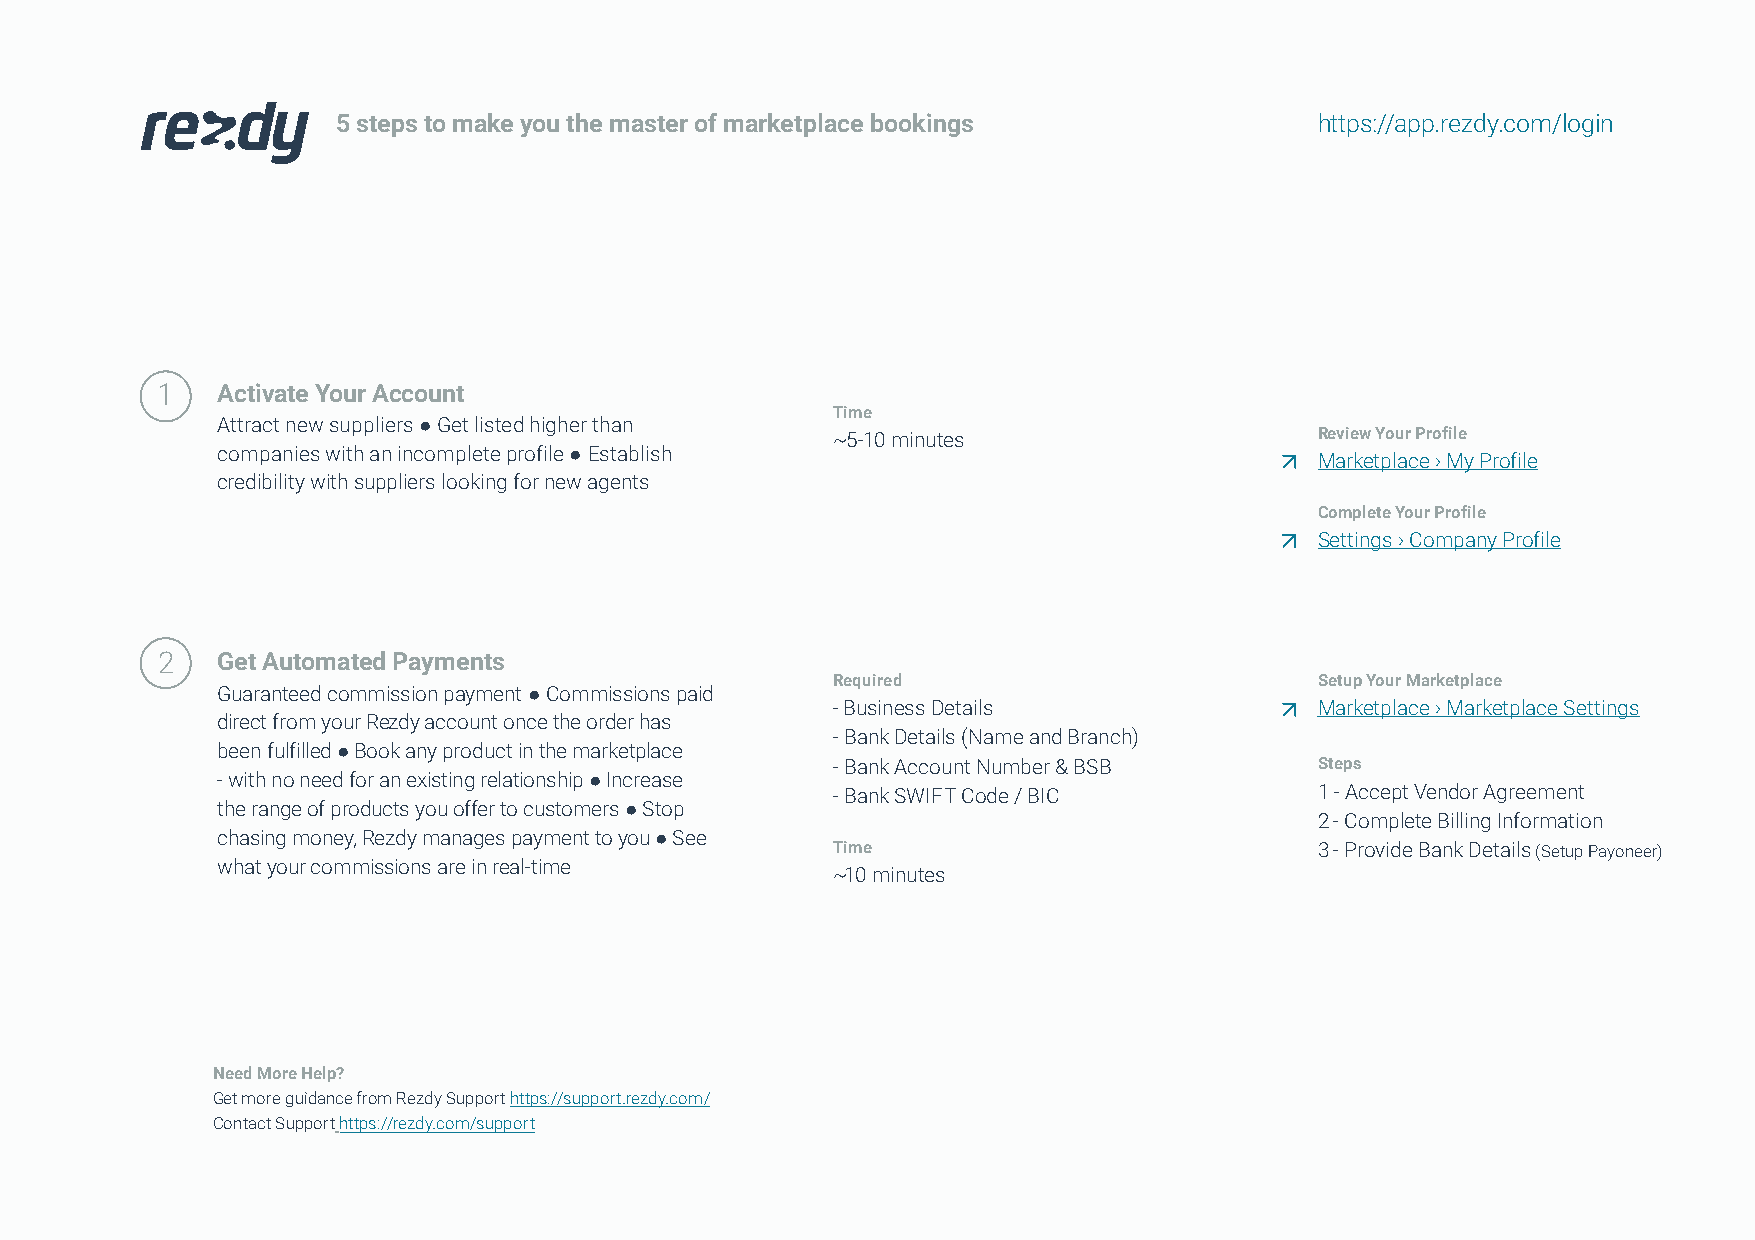
5 steps to make you the master of marketplace bookings           https://app.rezdy.com/login
 1   Activate Your Account
 Time
 Attract new suppliers ● Get listed higher than
 ~5-10 minutes                   Review Your Profile
 companies with an incomplete profile ● Establish
 Marketplace › My Profile
 credibility with suppliers looking for new agents
 Complete Your Profile
 Settings › Company Profile
 2   Get Automated Payments
 Required                        Setup Your Marketplace
 Guaranteed commission payment ● Commissions paid
 -Business Details               Marketplace › Marketplace Settings
 direct from your Rezdy account once the order has
 -Bank Details (Name and Branch)
 been fulfilled ● Book any product in the marketplace
 -Bank Account Number & BSB      Steps
 - with no need for an existing relationship ● Increase
 -Bank SWIFT Code / BIC          1 - Accept Vendor Agreement
 the range of products you offer to customers ● Stop
 2 - Complete Billing Information
 chasing money, Rezdy manages payment to you ● See
 Time                            3 - Provide Bank Details (Setup Payoneer)
 what your commissions are in real-time
 ~10 minutes
 Need More Help?
 Get more guidance from Rezdy Support https://support.rezdy.com/
 Contact Support https://rezdy.com/support